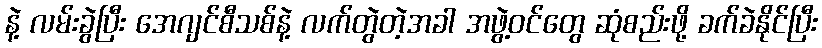
နဲ့ လမ်းခွဲပြီး အေဂျင်စီသစ်နဲ့ လက်တွဲတဲ့အခါ အဖွဲ့ဝင်တွေ ဆုံစည်းဖို့ ခက်ခဲနိုင်ပြီး